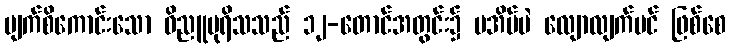
မျက်စိကောင်းသော ဝိညူပုရိသသည် ၁၂-တောင်အတွင်း၌ မအိပ်ပဲ လျောလျက်ပင် ဖြစ်စေ